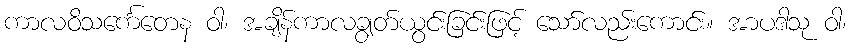
ကာလဝိသင်္ကေတေန ဝါ၊ အချိန်ကာလချွတ်ယွင်းခြင်းဖြင့် သော်လည်းကောင်း။ အာပဒါသု ဝါ၊